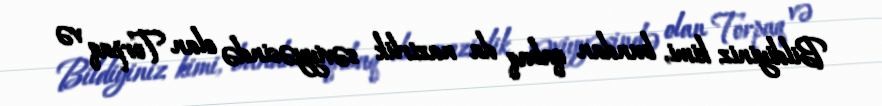
Bildiyiniz kimi, bundan qabaq da nazirlik səviyyəsində olan Torpaq və